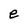
Character: e